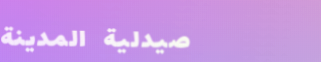
صيدلية المدينة